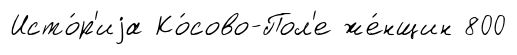
Исто́р'иjа Ко́сово-Пол'е же́нщин 800